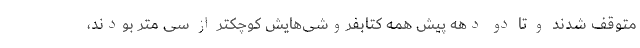
متوقف شدند و تا دو دهه پیش همه کتابفروشی‌‌هایش کوچکتر از سی متر بودند،